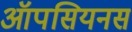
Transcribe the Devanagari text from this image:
ऑपसियनस